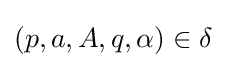
(p,a,A,q,\alpha )\in \delta